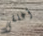
أغلقى